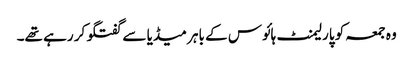
وہ جمعہ کو پارلیمنٹ ہائوس کے باہر میڈیا سے گفتگو کر رہے تھے۔